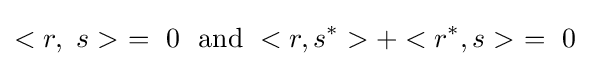
<r,\ s>\ =\ 0\ \ {\text{and}}\ <r,s^{*}>+<r^{*},s>\ =\ 0